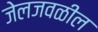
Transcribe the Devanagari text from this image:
जेलजवळील